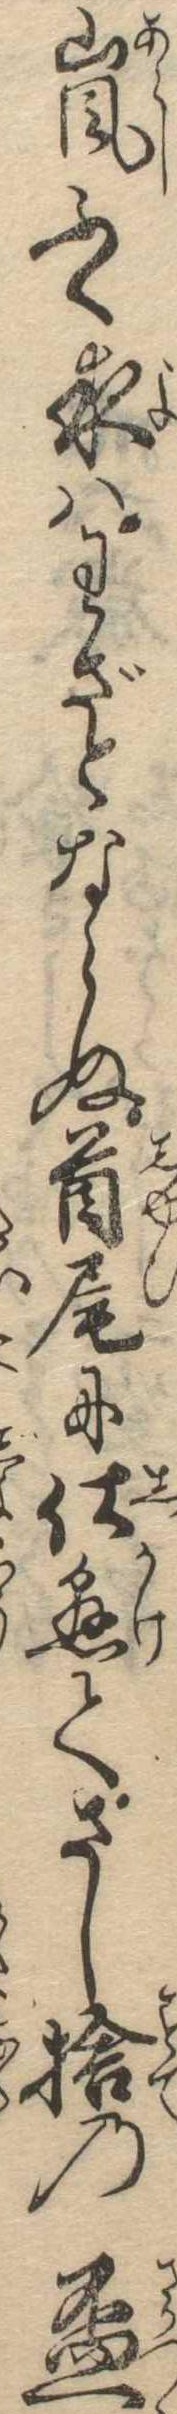
もふく夜はわざとならぬ首尾に仕懸てさし捨の杯